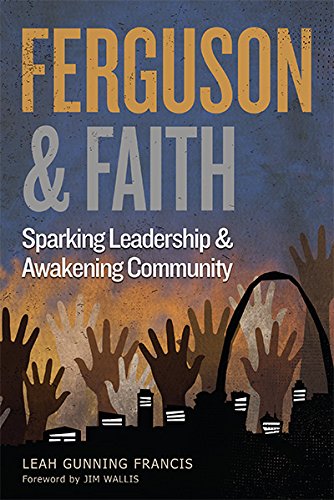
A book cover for Ferguson and Faith: Sparking Leadership and Awakening Community; Leah Gunning Francis; Christian Books & Bibles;